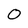
Character: 0